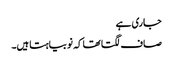
جاری ہے
صاف لگتا تھا کہ نوبیاہتا ہیں۔